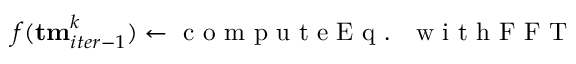
f ( { \bf { t m } } _ { i t e r - 1 } ^ { k } ) \gets \mathrm { ~ c ~ o ~ m ~ p ~ u ~ t ~ e ~ E ~ q ~ . ~ ~ ~ w ~ i ~ t ~ h ~ F ~ F ~ T ~ }